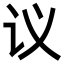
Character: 议